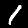
Digit: 1